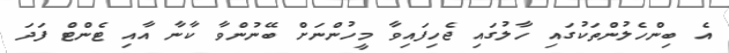
އެ ބިންހެލުންތަކުގައި ހާލުގައި ޖެހިފައިވާ މީހުންނަށް ބޭނުންވާ ކާނާ އާއި ޓެންޓް ފަދަ